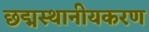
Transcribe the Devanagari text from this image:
छद्मस्थानीयकरण